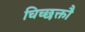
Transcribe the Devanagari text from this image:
चिच्छक्तौ